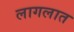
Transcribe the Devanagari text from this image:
लागलात